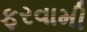
ફરવામી